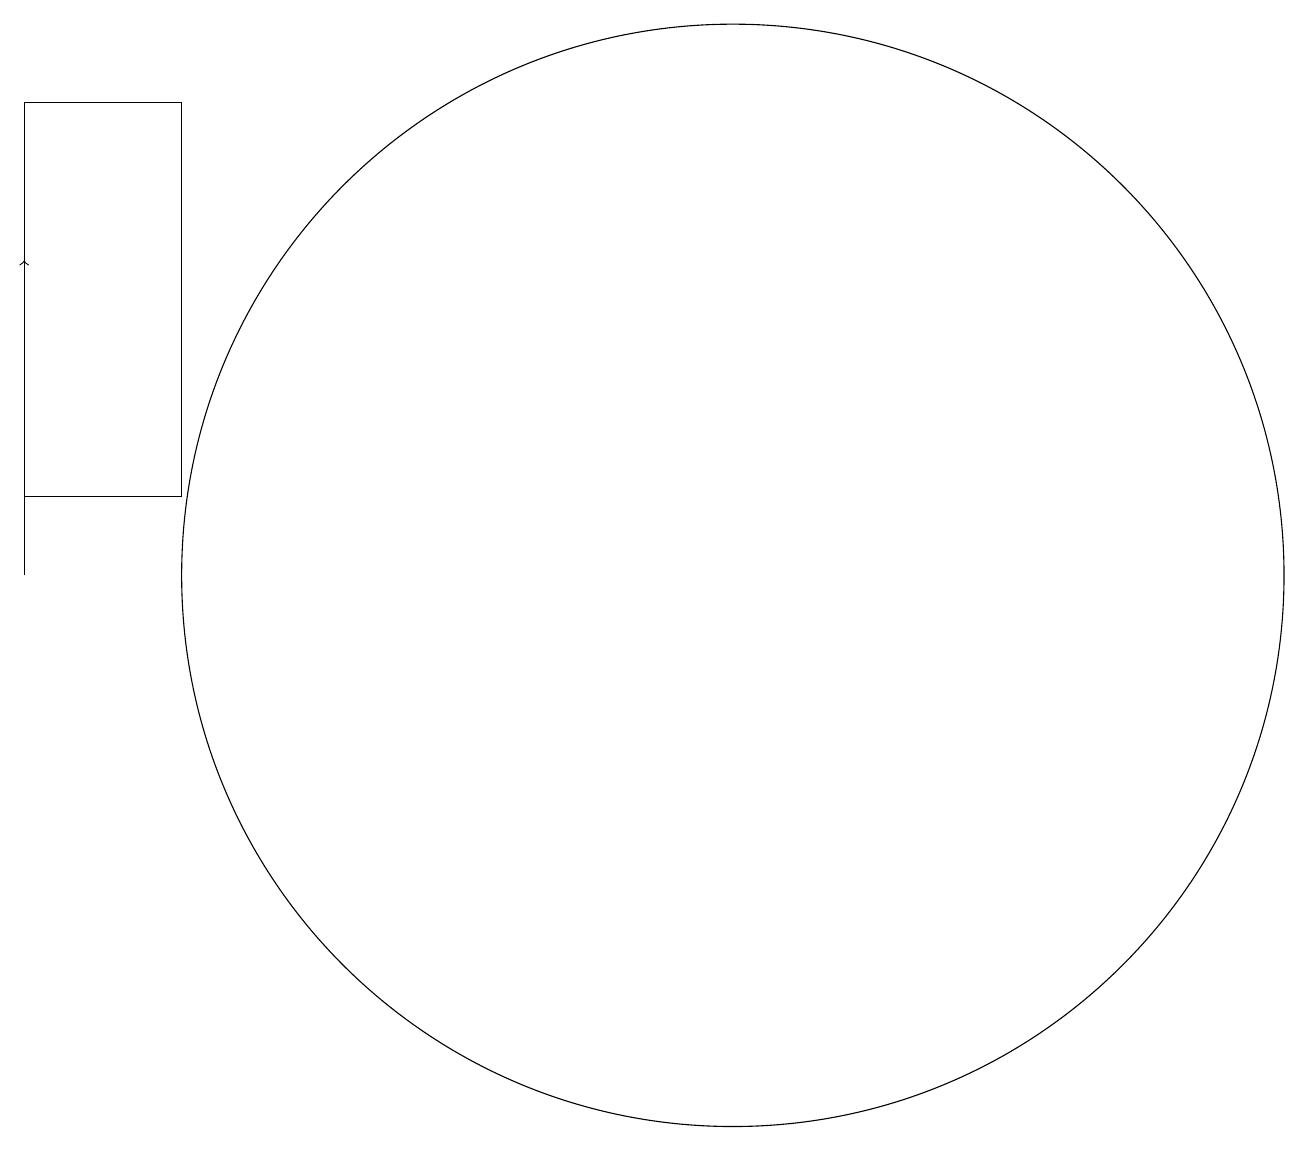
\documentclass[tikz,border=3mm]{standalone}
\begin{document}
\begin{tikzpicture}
\draw (4,12) rectangle (2,17);
\draw (11,11) circle (7);
\draw[->] (2,11) -- (2,15);
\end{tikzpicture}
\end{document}